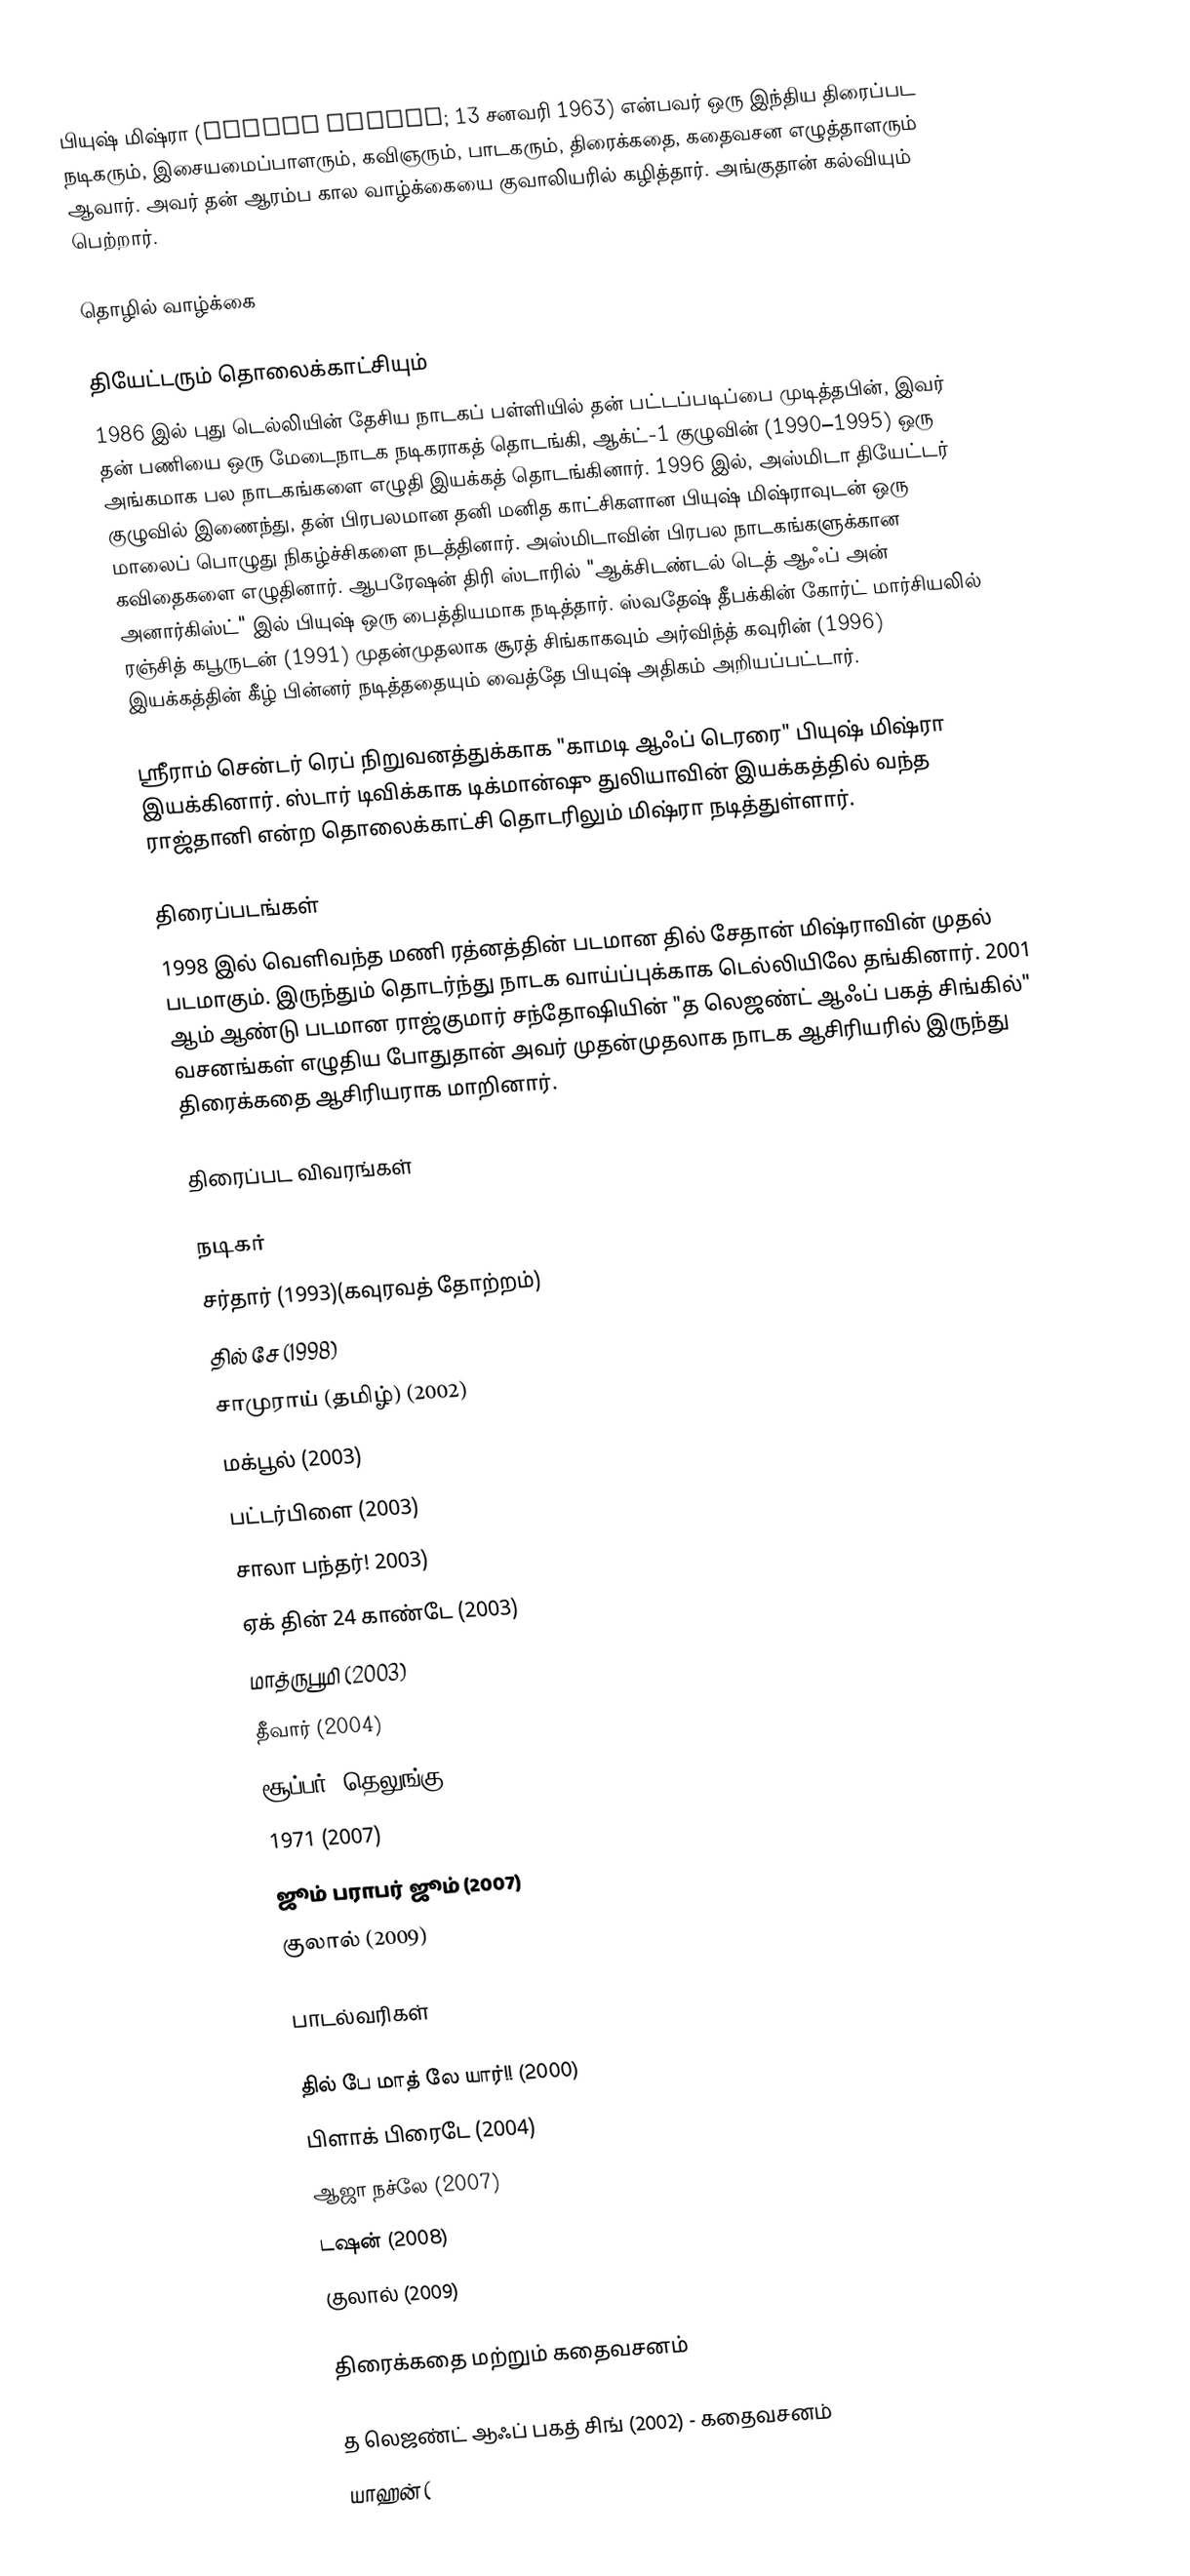
பியுஷ் மிஷ்ரா (Piyush Mishra; 13 சனவரி 1963) என்பவர் ஒரு இந்திய திரைப்பட நடிகரும், இசையமைப்பாளரும், கவிஞரும், பாடகரும், திரைக்கதை, கதைவசன எழுத்தாளரும் ஆவார். அவர் தன் ஆரம்ப கால வாழ்க்கையை குவாலியரில் கழித்தார். அங்குதான் கல்வியும் பெற்றார்.

தொழில் வாழ்க்கை

தியேட்டரும் தொலைக்காட்சியும்
1986 இல் புது டெல்லியின் தேசிய நாடகப் பள்ளியில் தன் பட்டப்படிப்பை முடித்தபின், இவர் தன் பணியை ஒரு மேடைநாடக நடிகராகத் தொடங்கி, ஆக்ட்-1 குழுவின் (1990–1995) ஒரு அங்கமாக பல நாடகங்களை எழுதி இயக்கத் தொடங்கினார். 1996 இல், அஸ்மிடா தியேட்டர் குழுவில் இணைந்து, தன் பிரபலமான தனி மனித காட்சிகளான பியுஷ் மிஷ்ராவுடன் ஒரு மாலைப் பொழுது நிகழ்ச்சிகளை நடத்தினார். அஸ்மிடாவின் பிரபல நாடகங்களுக்கான கவிதைகளை எழுதினார். ஆபரேஷன் திரி ஸ்டாரில் "ஆக்சிடண்டல் டெத் ஆஃப் அன் அனார்கிஸ்ட்" இல் பியுஷ் ஒரு பைத்தியமாக நடித்தார். ஸ்வதேஷ் தீபக்கின் கோர்ட் மார்சியலில் ரஞ்சித் கபூருடன் (1991) முதன்முதலாக சூரத் சிங்காகவும் அர்விந்த் கவுரின் (1996) இயக்கத்தின் கீழ் பின்னர் நடித்ததையும் வைத்தே பியுஷ் அதிகம் அறியப்பட்டார்.

ஸ்ரீ்ராம் சென்டர் ரெப் நிறுவனத்துக்காக "காமடி ஆஃப் டெரரை" பியுஷ் மிஷ்ரா இயக்கினார். ஸ்டார் டிவிக்காக டிக்மான்ஷு துலியாவின் இயக்கத்தில் வந்த ராஜ்தானி என்ற தொலைக்காட்சி தொடரிலும் மிஷ்ரா நடித்துள்ளார்.

திரைப்படங்கள்
1998 இல் வெளிவந்த மணி ரத்னத்தின் படமான தில் சேதான் மிஷ்ராவின் முதல் படமாகும். இருந்தும் தொடர்ந்து நாடக வாய்ப்புக்காக டெல்லியிலே தங்கினார். 2001 ஆம் ஆண்டு படமான ராஜ்குமார் சந்தோஷியின் "த லெஜண்ட் ஆஃப் பகத் சிங்கில்" வசனங்கள் எழுதிய போதுதான் அவர் முதன்முதலாக நாடக ஆசிரியரில் இருந்து திரைக்கதை ஆசிரியராக மாறினார்.

திரைப்பட விவரங்கள்

நடிகர்
 சர்தார் (1993)(கவுரவத் தோற்றம்)
 தில் சே (1998)
 சாமுராய் (தமிழ்) (2002)
 மக்பூல் (2003)
 பட்டர்பிளை (2003)
 சாலா பந்தர்! 2003)
 ஏக் தின் 24 காண்டே (2003)
 மாத்ருபூமி (2003)
 தீவார் (2004)
 சூப்பர் (தெலுங்கு) (2005)
 1971 (2007)
 ஜூம் பராபர் ஜூம் (2007)
 குலால் (2009)

பாடல்வரிகள்

 தில் பே மாத் லே யார்!! (2000)
 பிளாக் பிரைடே (2004)
 ஆஜா நச்லே (2007)
 டஷன் (2008)
 குலால் (2009)

திரைக்கதை மற்றும் கதைவசனம்

 த லெஜண்ட் ஆஃப் பகத் சிங் (2002) - கதைவசனம்
 யாஹன் (